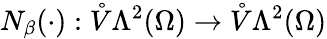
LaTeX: N_{\beta}(\cdot):\mathring{V}\Lambda^{2}(\Omega)\to\mathring{V}\Lambda^{2}(\Omega)